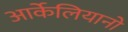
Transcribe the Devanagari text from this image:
आर्केलियानो